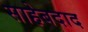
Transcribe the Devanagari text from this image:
साहेबदाद